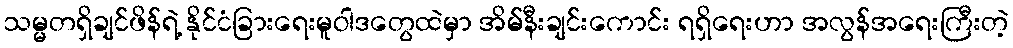
သမ္မတရှိချင်ဖိန်ရဲ့ နိုင်ငံခြားရေးမူဝါဒတွေထဲမှာ အိမ်နီးချင်းကောင်း ရရှိရေးဟာ အလွန်အရေးကြီးတဲ့